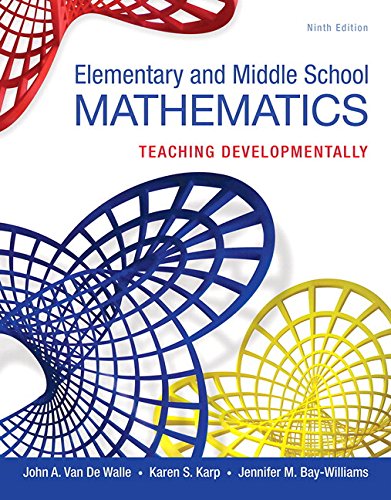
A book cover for Elementary and Middle School Mathematics: Teaching Developmentally, Enhanced Pearson eText with Loose-Leaf Version -- Access Card Package (9th Edition) (Teaching Student-Centered Mathematics Series); John A. Van de Walle; Education & Teaching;